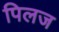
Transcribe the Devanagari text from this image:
पिलज